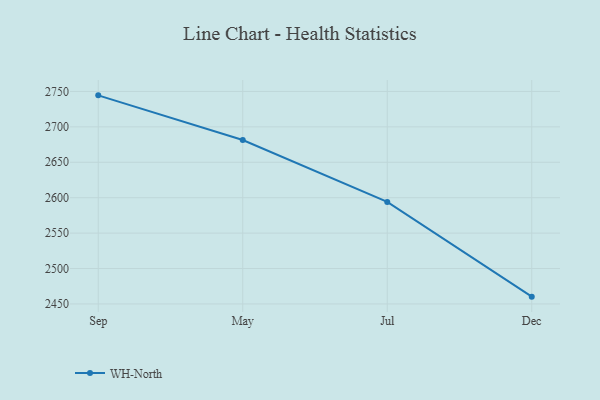
{"axis": {"x": "Month", "y": "Active Users"}, "legend": ["WH-North"], "data": [{"x": "Sep", "y": 2744.5, "type": "WH-North"}, {"x": "May", "y": 2681.4, "type": "WH-North"}, {"x": "Jul", "y": 2594.0, "type": "WH-North"}, {"x": "Dec", "y": 2460.3, "type": "WH-North"}]}